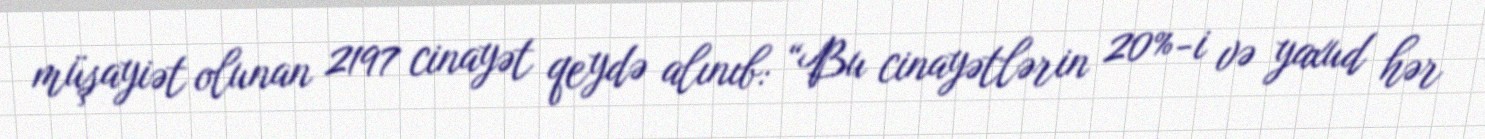
müşayiət olunan 2197 cinayət qeydə alınıb: “Bu cinayətlərin 20%-i və yaxud hər